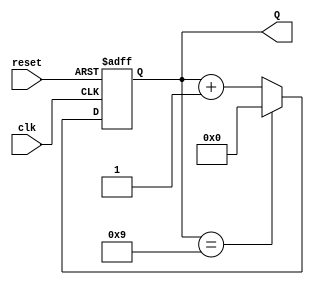
module DecadeCounter (
    input wire clk,       // Clock input
    input wire reset,     // Asynchronous reset input
    output reg [3:0] Q    // 4-bit output representing the current count state
);

// Asynchronous counter logic
always @(posedge clk or posedge reset) begin
    if (reset) begin
        // Reset the counter to 0000
        Q <= 4'b0000;
    end else begin
        // Increment the counter, reset if it reaches 9
        if (Q == 4'b1001) begin
            Q <= 4'b0000;  // Reset to 0000 after 9
        end else begin
            Q <= Q + 1;    // Increment the counter
        end
    end
end

endmodule